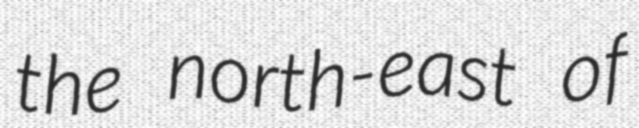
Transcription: the north-east of